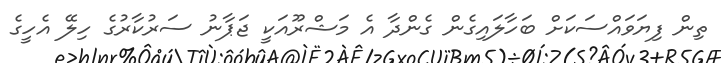
ތިން ފިޔަވައްސަކަށް ބަހާލައިގެން ގެންދާ އެ މަޝްރޫއަކީ ޖަޕާނު ސަރުކާރުގެ ހިލޭ އެހީގެ